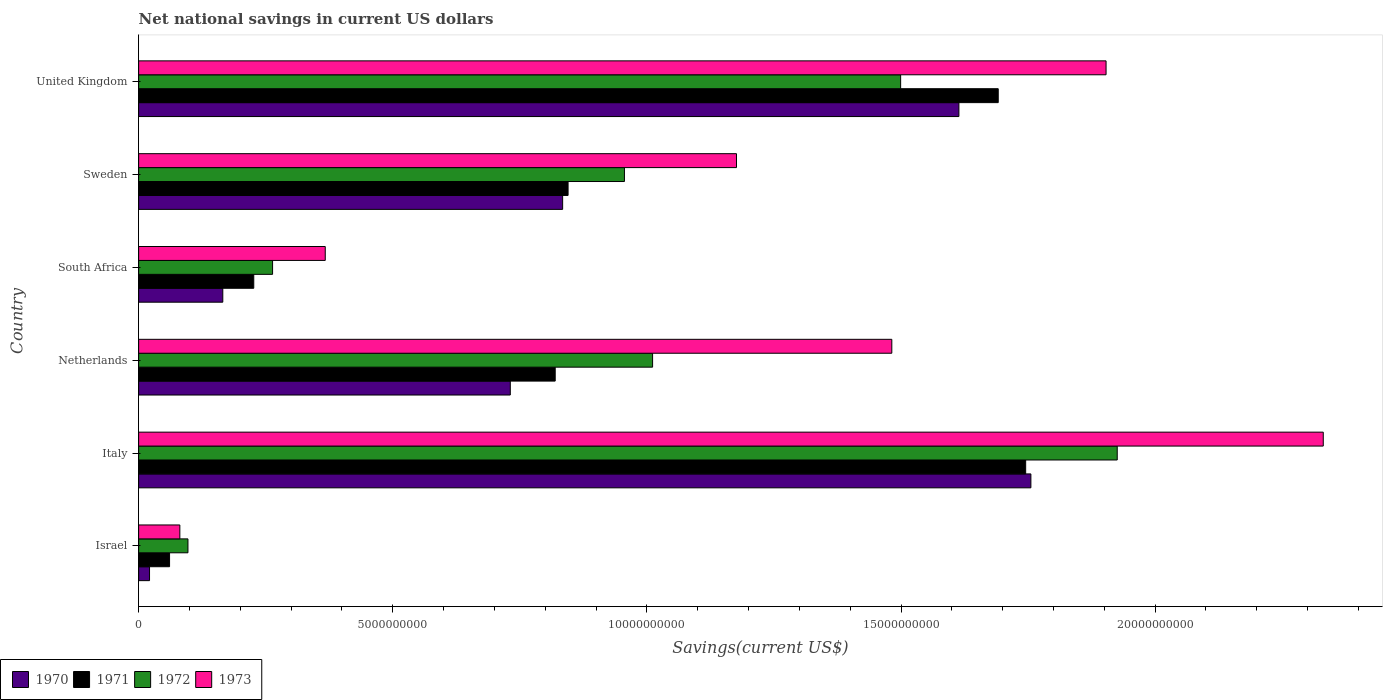
| Country | 1970 | 1971 | 1972 | 1973 |
 | --- | --- | --- | --- | --- |
 | Israel | 2.15e+08 | 6.09e+08 | 9.71e+08 | 8.11e+08 |
 | Italy | 1.76e+10 | 1.75e+10 | 1.93e+10 | 2.33e+10 |
 | Netherlands | 7.31e+09 | 8.2e+09 | 1.01e+10 | 1.48e+10 |
 | South Africa | 1.66e+09 | 2.27e+09 | 2.64e+09 | 3.67e+09 |
 | Sweden | 8.34e+09 | 8.45e+09 | 9.56e+09 | 1.18e+10 |
 | United Kingdom | 1.61e+10 | 1.69e+10 | 1.5e+10 | 1.9e+10 |